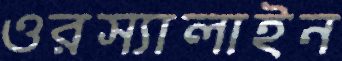
ওরস্যালাইন